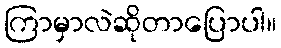
ကြာမှာလဲဆိုတာပြောပါ။